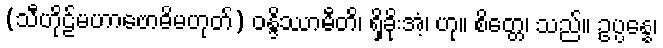
(သီဟိုဠ်မဟာဗောဓိမဟုတ်) ဝန္ဒိဿာမီတိ၊ ရှိခိုးအံ့၊ ဟု။ စိတ္တေ၊ သည်။ ဥပ္ပန္နေ၊